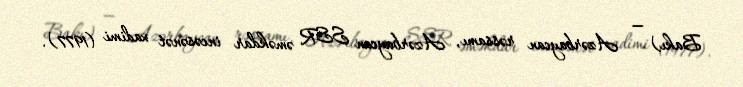
Bakı) — Azərbaycan rəssamı, Azərbaycan SSR əməkdar incəsənət xadimi (1977).